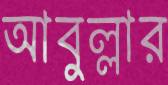
আবুল্লার